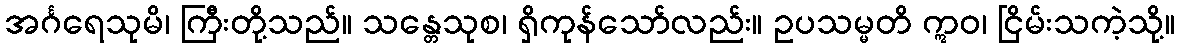
အင်္ဂရေသုမိ၊ ကြီးတို့သည်။ သန္တေသုစ၊ ရှိကုန်သော်လည်း။ ဥပသမ္မတိ ဣဝ၊ ငြိမ်းသကဲ့သို့။